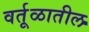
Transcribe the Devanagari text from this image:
वर्तूळातील